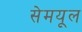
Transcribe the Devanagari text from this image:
सेमयूल